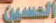
الصمون